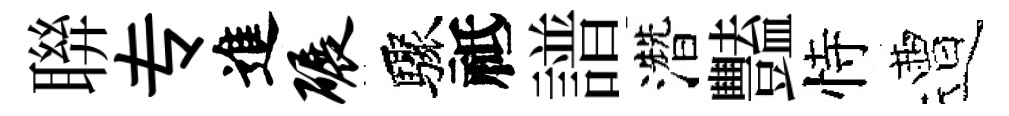
聨专進碾驟祗譜濳豔恃遭